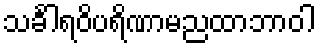
သင်္ခါရဝိပရိဏာမညထာဘာဝါ